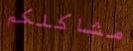
مشاكلكم